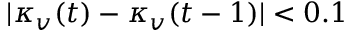
| \kappa _ { v } ( t ) - \kappa _ { v } ( t - 1 ) | < 0 . 1